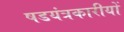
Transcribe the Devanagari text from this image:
षडयंत्रकारीयों